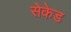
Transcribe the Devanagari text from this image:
सेकेड